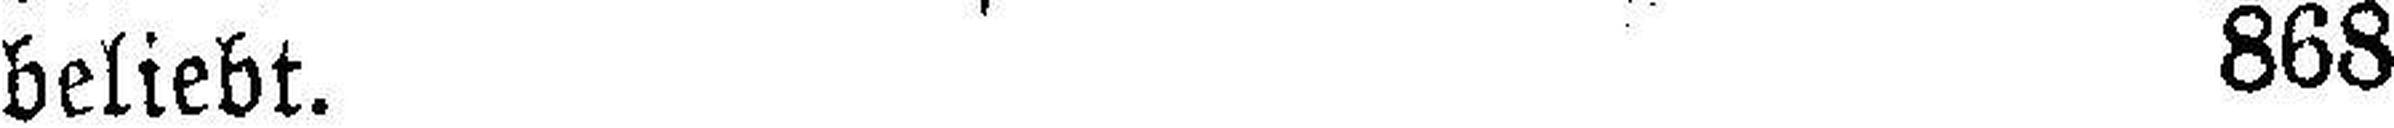
beliebt. 868